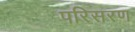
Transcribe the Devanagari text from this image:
परिसरण